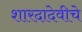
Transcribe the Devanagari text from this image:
शारदादेवीचे